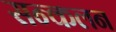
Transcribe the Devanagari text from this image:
सन्कलन